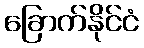
ခြောက်နိုင်ငံ